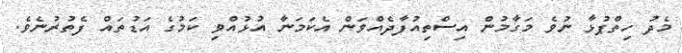
މެދު ހިތްޕުޅާ ނުވެ މަގާމުން އިސްތިއުފާދެއްވަން އެކަމަނާ އުޅުއްވި ކަމުގެ އަޑުތައް ފެތުރުނެވެ.